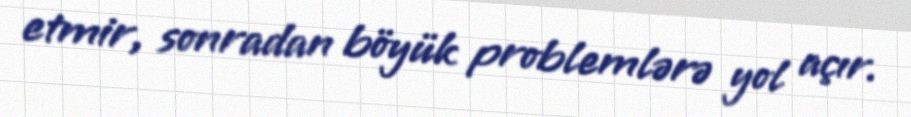
etmir, sonradan böyük problemlərə yol açır.